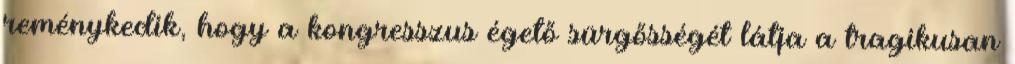
reménykedik, hogy a kongresszus égető sürgősségét látja a tragikusan